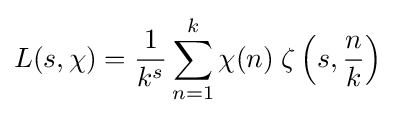
L(s,\chi )={\frac {1}{k^{s}}}\sum _{n=1}^{k}\chi (n)\;\zeta \left(s,{\frac {n}{k}}\right)